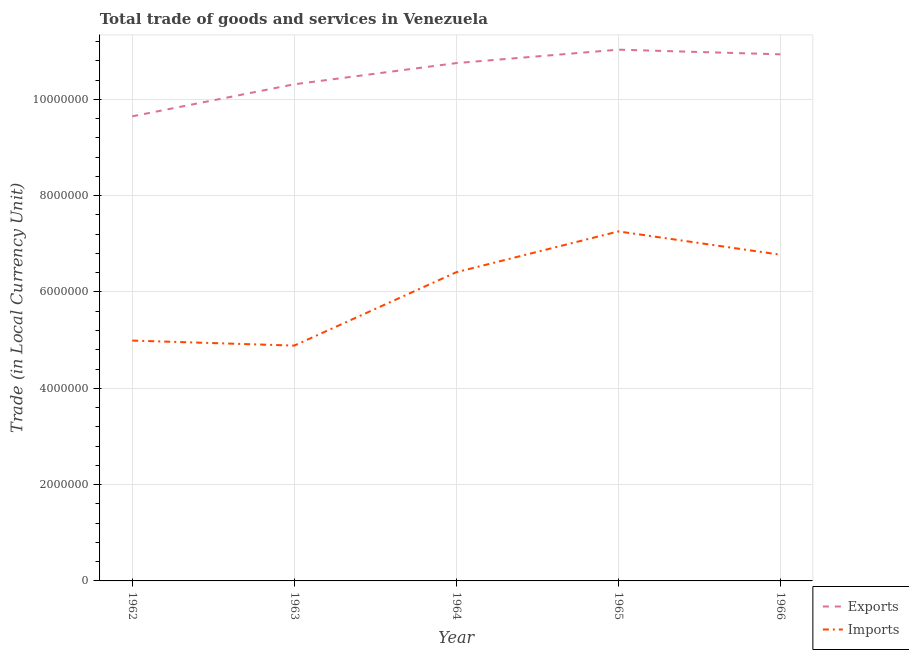
| Year | Exports | Imports |
 | --- | --- | --- |
 | 1962 | 9.65e+06 | 4.99e+06 |
 | 1963 | 1.03e+07 | 4.89e+06 |
 | 1964 | 1.08e+07 | 6.41e+06 |
 | 1965 | 1.1e+07 | 7.26e+06 |
 | 1966 | 1.09e+07 | 6.77e+06 |